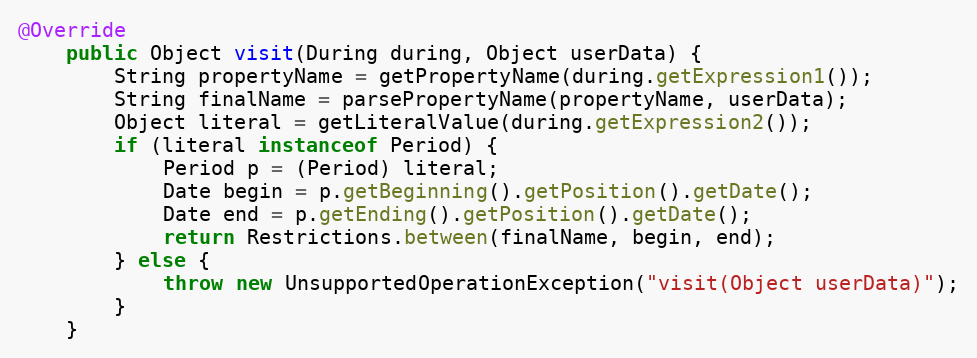
Language: Java
@Override
	public Object visit(During during, Object userData) {
		String propertyName = getPropertyName(during.getExpression1());
		String finalName = parsePropertyName(propertyName, userData);
		Object literal = getLiteralValue(during.getExpression2());
		if (literal instanceof Period) {
			Period p = (Period) literal;
			Date begin = p.getBeginning().getPosition().getDate();
			Date end = p.getEnding().getPosition().getDate();
			return Restrictions.between(finalName, begin, end);
		} else {
			throw new UnsupportedOperationException("visit(Object userData)");
		}
	}